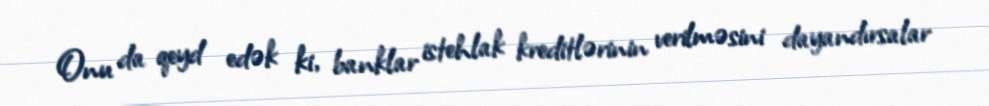
Onu da qeyd edək ki, banklar istehlak kreditlərinin verilməsini dayandırsalar